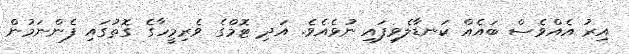
އިރު އެއްވެސް ބައެއް ކަނޑާލެވިފައި ނުވެއެވެ. އަދި ޓޮމްގެ ވެރިމީހާގެ ގޮތުގައި ފެންނަމުން